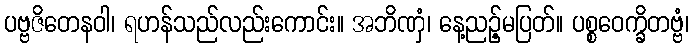
ပဗ္ဗဇိတေနဝါ၊ ရဟန်သည်လည်းကောင်း။ အဘိဏှံ၊ နေ့ညဉ့်မပြတ်။ ပစ္စဝေက္ခိတဗ္ဗံ၊